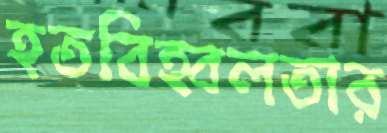
হতবিহ্বলতার